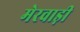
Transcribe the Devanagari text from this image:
मेरवाड़ी